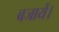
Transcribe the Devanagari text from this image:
बजायें।